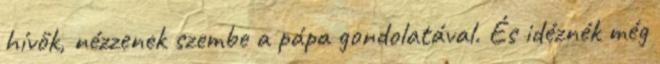
hívők, nézzenek szembe a pápa gondolatával. És idéznék még